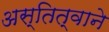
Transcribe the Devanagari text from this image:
अस्तित्‍वाने